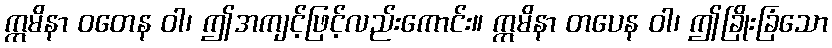
ဣမိနာ ဝတေန ဝါ၊ ဤအကျင့်ဖြင့်လည်းကောင်း။ ဣမိနာ တပေန ဝါ၊ ဤခြိုးခြံသော